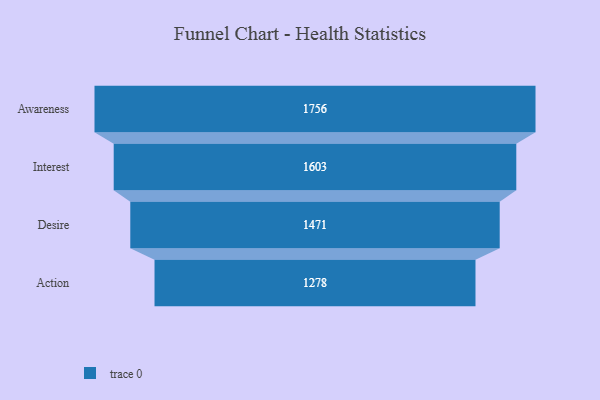
{"axis": {"x": "Stage", "y": "Value"}, "legend": [""], "data": [{"x": "Awareness", "y": 1756.0, "type": ""}, {"x": "Interest", "y": 1603.0, "type": ""}, {"x": "Desire", "y": 1471.0, "type": ""}, {"x": "Action", "y": 1278.0, "type": ""}]}